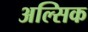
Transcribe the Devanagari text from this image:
अल्सिक